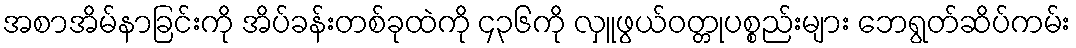
အစာအိမ်နာခြင်းကို အိပ်ခန်းတစ်ခုထဲကို ၄၃၆ကို လှူဖွယ်ဝတ္တုပစ္စည်းများ ဘေရွတ်ဆိပ်ကမ်း